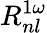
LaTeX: R_{nl}^{1\omega}